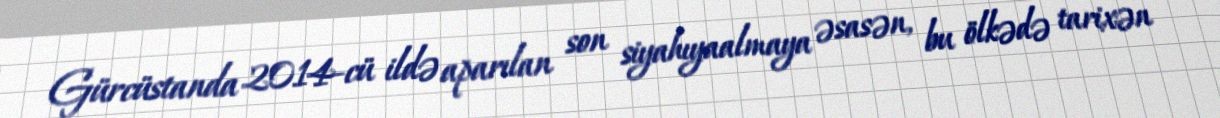
Gürcüstanda 2014-cü ildə aparılan son siyahıyaalmaya əsasən, bu ölkədə tarixən